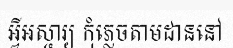
អ្វីអស្ចារ្យ កុំភ្លេចតាមដាននៅ